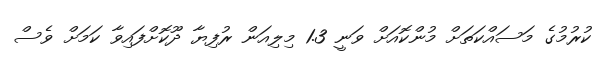
ކުރުމުގެ މަސައްކަތަށް މުންކޮއަށް ވަނީ 1.3 މިލިއަން ރުފިޔާ ދޫކޮށްފައިވާ ކަމަށް ވެސް